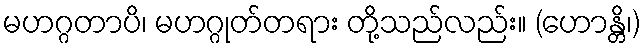
မဟဂ္ဂတာပိ၊ မဟဂ္ဂုတ်တရား တို့သည်လည်း။ (ဟောန္တိ၊)